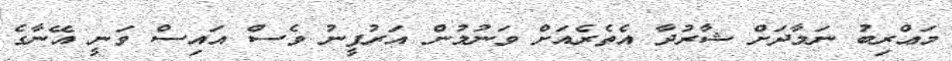
މަޢްރިބު ނަމާދަށް ޝާރުދާ އެތެރެއަށް ވަނުމުން އަރުފީނު ވެސް އައިސް ވަނީ އޭނާގެ